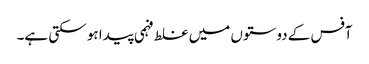
آفس کے دوستوں میں غلط فہمی پیدا ہو سکتی ہے۔